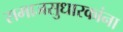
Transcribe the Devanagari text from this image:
समाजसुधारकांना